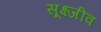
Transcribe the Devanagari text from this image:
सूक्ष्जीव